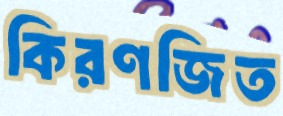
কিরণজিত